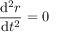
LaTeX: { \frac { \mathrm { d } ^ { 2 } r } { \mathrm { d } t ^ { 2 } } } = 0